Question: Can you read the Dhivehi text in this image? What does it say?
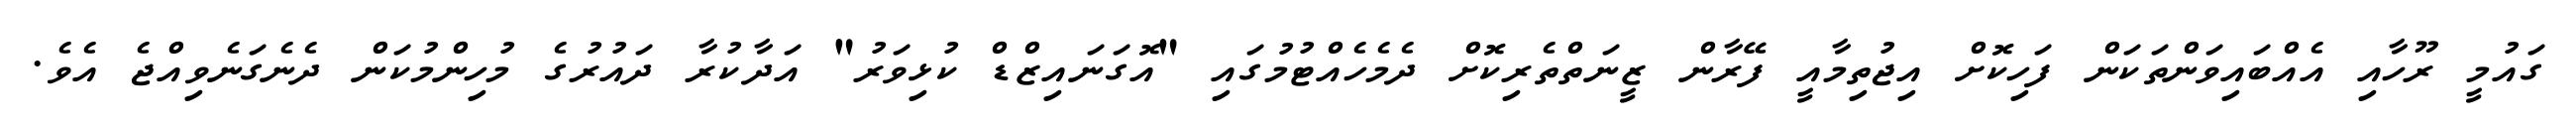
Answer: ގައުމީ ރޫހާއި އެއްބައިވަންތަކަން ފަހިކޮށް އިޖުތިމާއީ ފޭރާން ޒީނަތްތެރިކޮށް ދެމެހެއްޓުމުގައި "އޮގަނައިޒްޑް ކުޅިވަރު" އަދާކުރާ ދައުރުގެ މުހިންމުކަން ދެނެގަނެވިއްޖެ އެވެ.